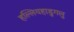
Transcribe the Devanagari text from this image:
हल्लियहाडुगलु